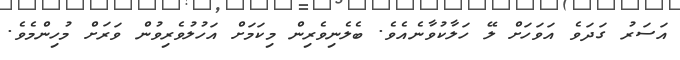
އަސަރު ގަދަވެ އަވަހަށް ލޭ ހަލާކުވާނެއެވެ. ބެލެނިވެރިން މިކަމަށް އަހުލުވެރިވުން ވަރަށް މުހިންމެވެ.